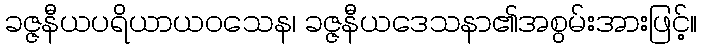
ခဇ္ဇနီယပရိယာယဝသေန၊ ခဇ္ဇနီယဒေသနာ၏အစွမ်းအားဖြင့်။